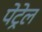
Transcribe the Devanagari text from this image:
पेट्रेल